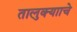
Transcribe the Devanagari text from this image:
तालुक्यााचे